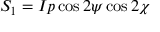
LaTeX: S _ { 1 } = I p \cos 2 \psi \cos 2 \chi